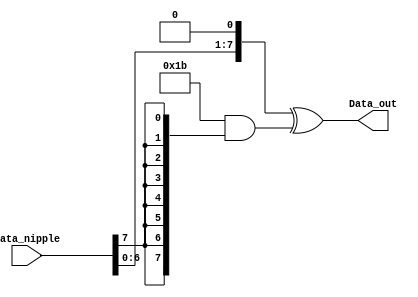
module Mul_2 (
input  wire [7:0] Data_nipple,
output wire [7:0] Data_out
);

assign Data_out = (Data_nipple << 1) ^ (8'h1b & {8{Data_nipple[7]}} );

endmodule